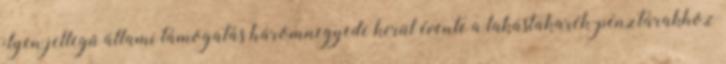
ilyen jellegű állami támogatás háromnegyede kerül évente a lakástakarék-pénztárakhoz